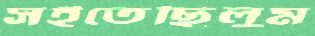
সইতেছিলুম